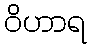
ဝိဟာရ